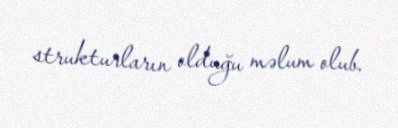
strukturların olduğu məlum olub.